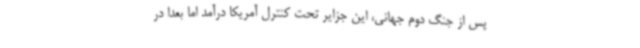
پس از جنگ دوم جهانی، این جزایر تحت کنترل آمریکا درآمد اما بعدا در